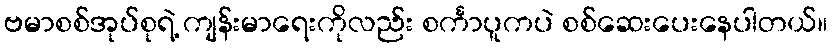
ဗမာစစ်အုပ်စုရဲ့ ကျန်းမာရေးကိုလည်း စင်္ကာပူကပဲ စစ်ဆေးပေးနေပါတယ်။